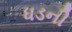
ધડની